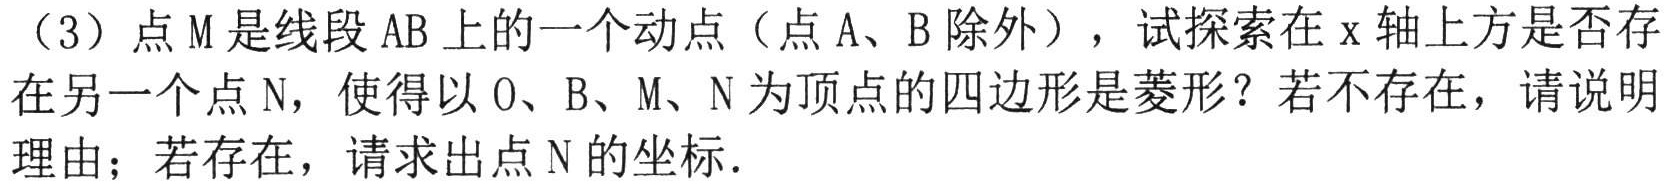
\textcircled{2}如图，连接 \(BD\) 与 \(AC\) 交于点 \(O\)，连接 \(PD\)，

\(\because\)四边形 \(ABCD\) 是正方形，\(\therefore AC\perp BD\)，即 \(DO\perp AM\)，

\(\because AE\) 垂直平分 \(DM\)，\(\therefore PM = PD\)，

\(\therefore \mathrm{PM}+\mathrm{PN}=\mathrm{PD}+\mathrm{PN}\)

当点 \(\mathrm{D}、\mathrm{P}、\mathrm{N}\) 三点共线且垂直 \(\mathrm{AC}\) 时，\(PM + PN\) 的值最小，

此时 \(PM + PN\) 的最小值即为 \(DO\) 的长，

\(\because\)正方形 \(ABCD\) 的边长为 \(4\)，